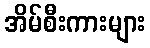
အိမ်စီးကားများ